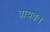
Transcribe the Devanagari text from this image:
वायवः।